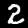
Label: 2